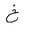
Letter: _kha